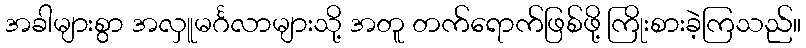
အခါများစွာ အလှူမင်္ဂလာများသို့ အတူ တက်ရောက်ဖြစ်ဖို့ ကြိုးစားခဲ့ကြသည်။